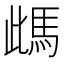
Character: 𩢑